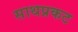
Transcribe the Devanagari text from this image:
साथप्रकट